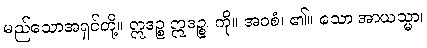
မည်သောအရှင်တို့။ ဣဒဉ္စ ဣဒဉ္စ၊ ကို။ အဝစံ၊ ၏။ သော အာယသ္မာ၊